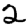
Digit: 2